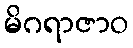
မိဂရာဇာဝ